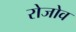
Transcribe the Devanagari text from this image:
रोजोव